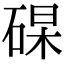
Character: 𥓖